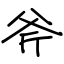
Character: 斧